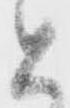
と